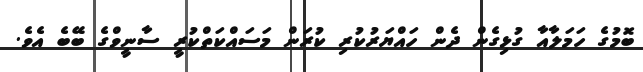
ބޮމުގެ ހަމަލާއާ ގުޅިގެން ދެން ހައްޔަރުކުރި ކުރަން މަސައްކަތްކުރީ ސާނީވްގެ ބޭބެ އެވެ.